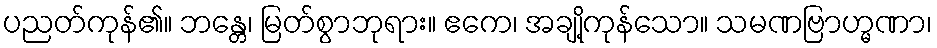
ပညတ်ကုန်၏။ ဘန္တေ၊ မြတ်စွာဘုရား။ ဧကေ၊ အချို့ကုန်သော။ သမဏဗြာဟ္မဏာ၊